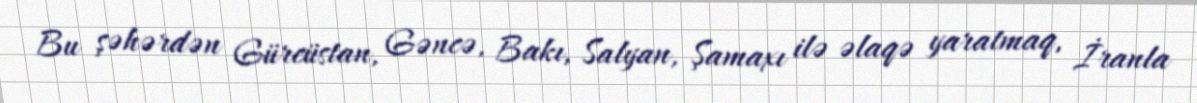
Bu şəhərdən Gürcüstan, Gəncə, Bakı, Salyan, Şamaxı ilə əlaqə yaratmaq, İranla